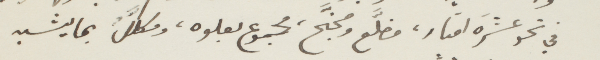
في نحوعشرة امتار، مضلّع ومجنّح، مجموع بعلوه، ومكلّل بما يشبه